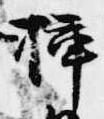
挿